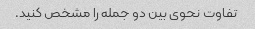
تفاوت نحوی بین دو جمله را مشخص کنید.